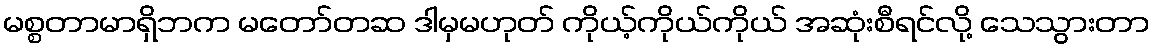
မစ္စတာမာရှိဘက မတော်တဆ ဒါမှမဟုတ် ကိုယ့်ကိုယ်ကိုယ် အဆုံးစီရင်လို့ သေသွားတာ